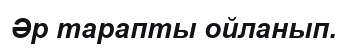
Әр тарапты ойланып.